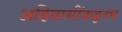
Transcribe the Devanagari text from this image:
अहिवासींकडूनच